Calcutta medical institutions reports 1871-78
Year: 1871
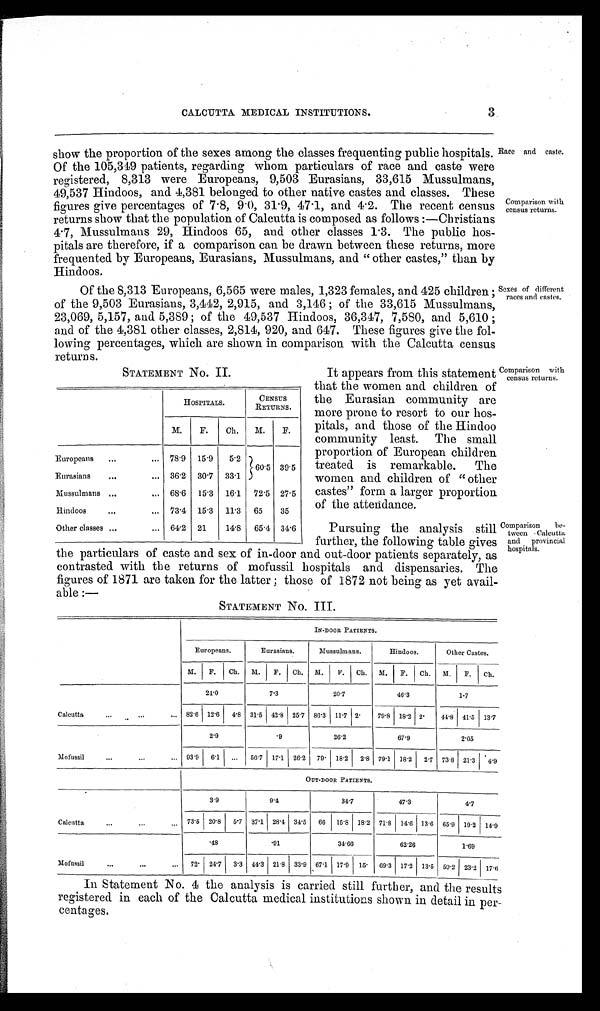
Race and caste.
Comparison with
census returns.
Sexes of different
races and castes.
CALCUTTA MEDICAL INSTITUTIONS.
3
show the proportion of the sexes among the classes frequenting public hospitals.
Of the 105,319 patients, regarding whom particulars of race and caste were
registered, 8,313 were Europeans, 9,503 Eurasians, 33,615 Mussulmans,
49,537 Hindoos, and 4,381 belonged to other native castes and classes. These
figures give percentages of 7.8, 9.0, 31.9, 47.1, and 4.2. The recent census
returns show that the population of Calcutta is composed as follows :—Christians
4.7, Mussulmans 29, Hindoos 65, and other classes 1.3. The public hos
pitals are therefore, if a comparison can be drawn between these returns, more
frequented by Europeans, Eurasians, Mussulmans, and " other castes," than by
Hindoos.
Of the 8,313 Europeans, 6,565 were males, 1,323 females, and 425 children ;
of the 9,503 Eurasians, 3,442, 2,915, and 3,146 ; of the 33,615 Mussulmans,
23,069, 5,157, and 5,389 ; of the 49,537 Hindoos, 36,347, 7,580, and 5,610 ;
and of the 4,381 other classes, 2,814, 920, and 647. These figures give the fol
lowing percentages, which are shown in comparison with the Calcutta census
return s.
STATEMENT No. II.
HOSPITALS.
CENSUS
RETURNS.
M.
F.
Ch.
M.
F.
Europeans ..,
... 78.9 15.9
5.2
60.5 39.5
Eurasians
...
... 36.2 30.7 33.1
Mussulmans ...
... 68.6 15.3 16.1 72.5 27.5
Hindoos
...
... 73.4 15.3 11.3 65
35
Other classes ...
... 64.2 21
14.8 65.4 34.6
Comparison with
census returns.
It appears from this statement
that the women and children of
the Eurasian community are
more prone to resort to our hos
pitals, and those of the Hindoo
community least. The small
proportion of European children
treated is remarkable. The
women and children of " other
castes" form a larger proportion
of the attendance.
Pursuing the analysis still
further, the following table gives
the particulars of caste and sex of in-door and out-door patients separately, as
contrasted with the returns of mofussil hospitals and dispensaries. The
figures of 1871 are taken for the latter ; those of 1872 not being as yet avail-
able
STATEMENT NO. III.
Comparison be-
tween Calcutta
and provincial
hospitals.
IN-DOOR PATIENTS
.
Europeans.
Eurasians.
Mussulmans.
Hindoos
Other Castes.
M. F. Ch. M. I F. Ch. M. F. Ch. M. I F. Ch. M. F. Ch.
Calcutta ... ... ...
24.0
7.3
20.7
46.3
1-7
82.6 12.6 4.8 31.5 42.8 25.7 86.3 11.7 2
79.8 18.2 2
44.8 41.5 13.7
Mofussil
...
...
...
2.9
.9
26.2
67.9
2.05
93.9 6.1 ... 56.7 17.1 26.2 79 18.2 2.8 79.1 18.2 2.7 73.8 21.3 4.9
OUT-DOOR PATIENTS.
Calcutta
...
...
...
3.9
9.4
34.7
47.3
4.7
73.5 20.8 5.7 37.1 28.4 34.5 66 15.8 18.2 71.8 14.6 13.6 65.9 19.2 14.9
Mofussil
...
...
.48
.91
34.66
62.26
1.69
72. 24.7 3.3 44.3 21.8 33.9 67.1 17.9 15. 69.3 17.2 13.5 59.2 23.2 17.6
In Statement No. 4 the analysis is carried still further, and the results
registered in each of the Calcutta medical institutions shown in detail in per
centages.